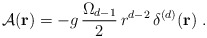
\begin{align*}{\mathcal A} ({\bf r})=- g \,\frac{ \Omega_{d-1}}{2}\,r^{d-2}\,\delta^{(d)} ({\bf r})\; .\end{align*}